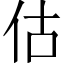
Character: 估